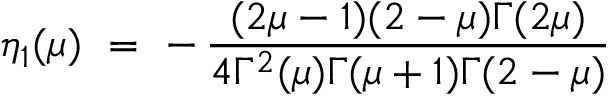
\eta _ { 1 } ( \mu ) ~ = ~ - \, \frac { ( 2 \mu - 1 ) ( 2 - \mu ) \Gamma ( 2 \mu ) } { 4 \Gamma ^ { 2 } ( \mu ) \Gamma ( \mu + 1 ) \Gamma ( 2 - \mu ) }